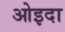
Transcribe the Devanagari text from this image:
ओइदा